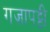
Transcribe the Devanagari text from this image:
गज़ापट्टी